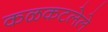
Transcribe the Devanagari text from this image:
कळकटलेले